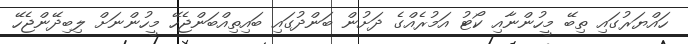
ހައްޔަރުގައި ތިބޭ މީހުންނާއި ކޯޓު އަމުރެއްގެ ދަށުން ބަންދުގައި ބައިތިއްބަންޖެހޭ މީހުންނަށް ލިބިދޭންޖެހޭ